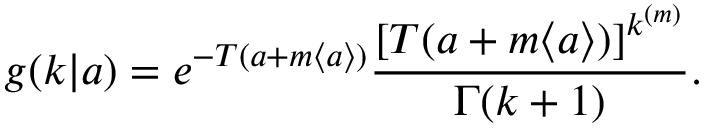
g ( k | a ) = e ^ { - T ( a + m \langle a \rangle ) } \frac { [ T ( a + m \langle a \rangle ) ] ^ { k ^ { ( m ) } } } { \Gamma ( k + 1 ) } .